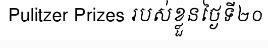
Pulitzer Prizes របស់ខ្លួនថ្ងៃទី២០